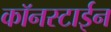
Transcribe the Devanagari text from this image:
कॉनस्टाईन